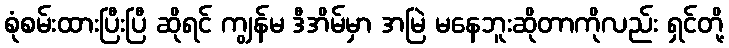
စုံစမ်းထားပြီးပြီ ဆိုရင် ကျွန်မ ဒီအိမ်မှာ အမြဲ မနေဘူးဆိုတာကိုလည်း ရှင်တို့